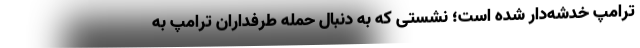
ترامپ خدشه‌دار شده است؛ نشستی که به دنبال حمله طرفداران ترامپ به